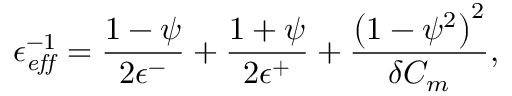
\epsilon _ { \it { e f f } } ^ { - 1 } = \frac { 1 - \psi } { 2 \epsilon ^ { - } } + \frac { 1 + \psi } { 2 \epsilon ^ { + } } + \frac { \left( 1 - \psi ^ { 2 } \right) ^ { 2 } } { \delta C _ { m } } ,